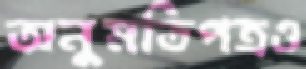
অনুমতিপত্রও